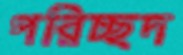
পরিচ্ছদ